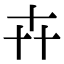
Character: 𠦄